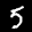
Label: 5